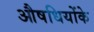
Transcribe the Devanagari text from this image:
औषधियोंके